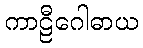
ကာဠီဂေါဓာယ